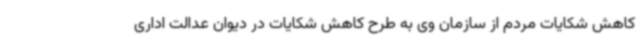
کاهش شکایات مردم از سازمان وی به طرح کاهش شکایات در دیوان عدالت اداری